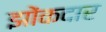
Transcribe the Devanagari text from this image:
झोंकदार